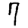
Digit: 7